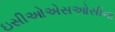
ઇસીઓએસઓસીના